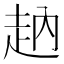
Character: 𧺬